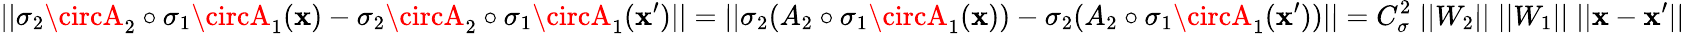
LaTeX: ||\sigma_{2}\circA_{2}\circ\sigma_{1}\circA_{1}(\mathbf{x})-\sigma_{2}\circA_{2}\circ\sigma_{1}\circA_{1}(\mathbf{x}^{\prime})||=||\sigma_{2}(A_{2}\circ\sigma_{1}\circA_{1}(\mathbf{x}))-\sigma_{2}(A_{2}\circ\sigma_{1}\circA_{1}(\mathbf{x}^{\prime}))||=C_{\sigma}^{2}\; ||W_{2}||\; ||W_{1}||\; ||\mathbf{x}-\mathbf{x}^{\prime}||